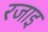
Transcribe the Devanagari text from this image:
रजाइ